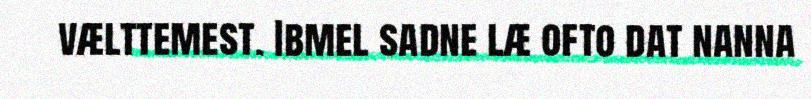
vælttemest. Ibmel sadne læ ofto dat nanna